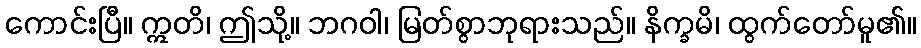
ကောင်းပြီ။ ဣတိ၊ ဤသို့။ ဘဂဝါ၊ မြတ်စွာဘုရားသည်။ နိက္ခမိ၊ ထွက်တော်မူ၏။